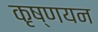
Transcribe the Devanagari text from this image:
कृष्णयन